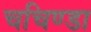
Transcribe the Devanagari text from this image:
चचिण्डा